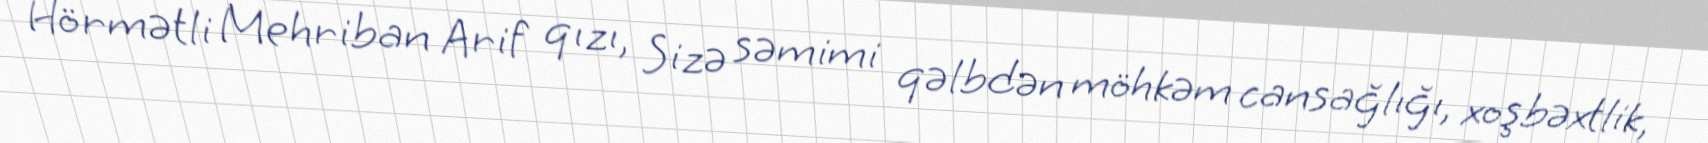
Hörmətli Mehriban Arif qızı, Sizə səmimi qəlbdən möhkəm cansağlığı, xoşbəxtlik,